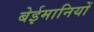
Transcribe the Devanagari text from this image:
बेईमानियों